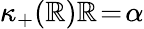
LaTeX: \kappa_{+}(\mathbb{R})\mathbb{R}\! =\! \alpha